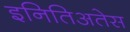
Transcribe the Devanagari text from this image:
इनितिअतेस